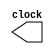
module m555 (output reg clock);

initial
  #5 clock = 1;

always begin
  #60 clock = ~clock;
  #40 clocl = ~clocl;
end
endmodule